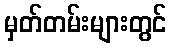
မှတ်တမ်းများတွင်